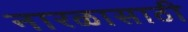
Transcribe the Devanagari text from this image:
नारळासाठी